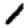
Digit: 1